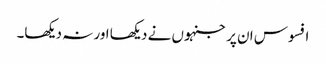
افسوس ان پر جنہوں نے دیکھا اور نہ دیکھا۔